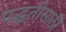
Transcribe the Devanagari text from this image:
पद्धतीसाठी